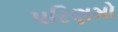
પરિણમો